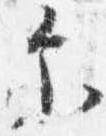
示